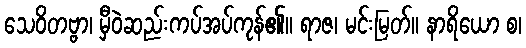
သေဝိတဗ္ဗာ၊ မှီဝဲဆည်းကပ်အပ်ကုန်၏။ ရာဇ၊ မင်းမြတ်။ နာရိယော စ၊